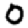
Digit: 0